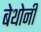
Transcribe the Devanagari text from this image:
बेथोनी